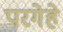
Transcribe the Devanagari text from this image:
परगेहे